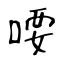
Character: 喓